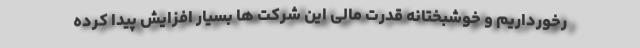
رخورداریم و خوشبختانه قدرت مالی این شرکت ها بسیار افزایش پیدا کرده